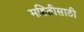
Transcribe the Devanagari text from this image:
महितीसाठी